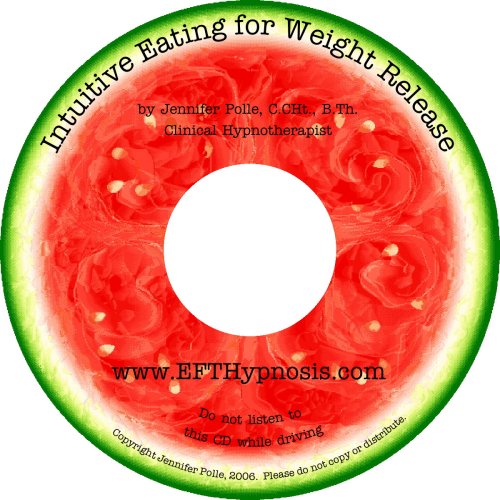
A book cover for Intuitive Eating for Weight Release: Hypnosis/Meditation CD; Jennifer Polle C.CHt.; Health, Fitness & Dieting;